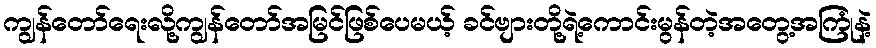
ကျွန်တော်ရေးလို့ကျွန်တော်အမြင်ဖြစ်ပေမယ့် ခင်ဗျားတို့ရဲ့ကောင်းမွန်တဲ့အတွေ့အကြုံနဲ့